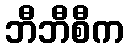
ဘီဘီစီက